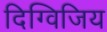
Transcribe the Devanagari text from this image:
दिग्विजिय